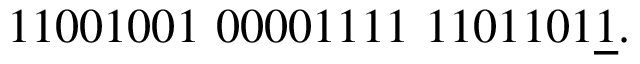
1 1 0 0 1 0 0 1 \ 0 0 0 0 1 1 1 1 \ 1 1 0 1 1 0 1 { \underline { { 1 } } } .